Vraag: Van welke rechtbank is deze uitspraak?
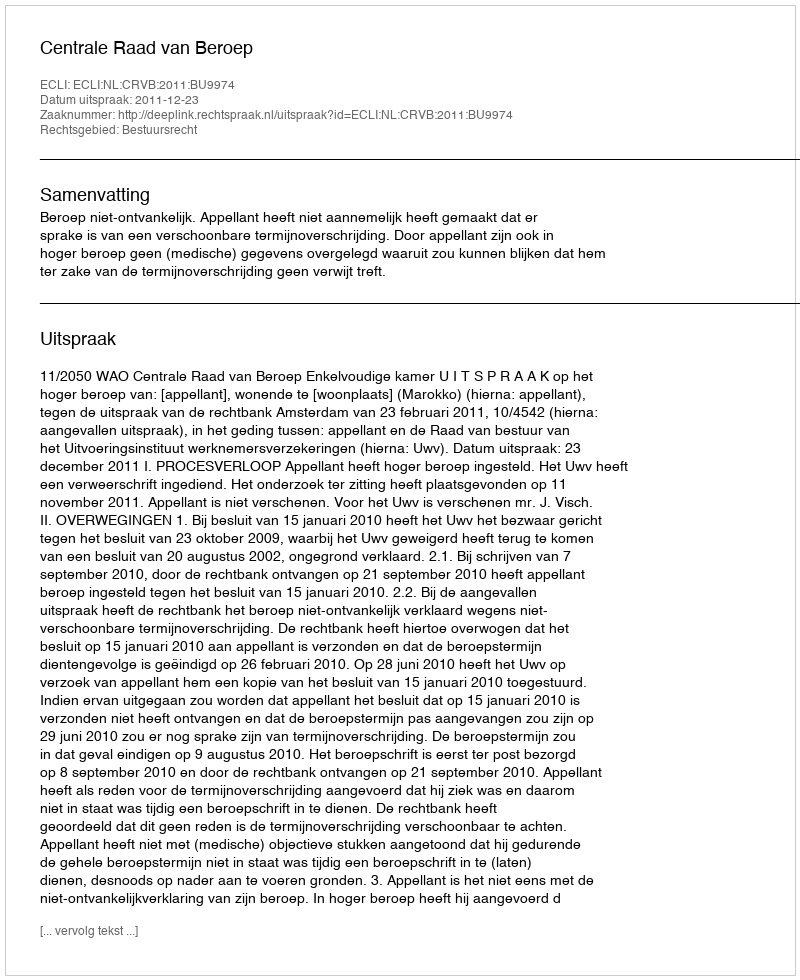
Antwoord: Centrale Raad van Beroep